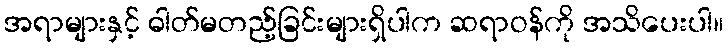
အရာများနှင့် ဓါတ်မတည့်ခြင်းများရှိပါက ဆရာဝန်ကို အသိပေးပါ။